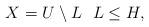
LaTeX: \begin{align*}X=U \setminus L~~L\leq H,\end{align*}